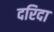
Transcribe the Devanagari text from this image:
दरिदा